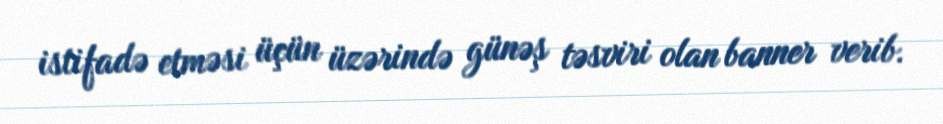
istifadə etməsi üçün üzərində günəş təsviri olan banner verib.